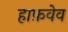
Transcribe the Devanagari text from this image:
हाफ़वेव